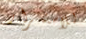
للاستمرار